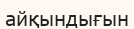
айқындығын